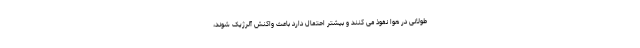
طولانی در هوا نفوذ می کنند و بیشتر احتمال دارد باعث واکنش آلرژیک شوند،